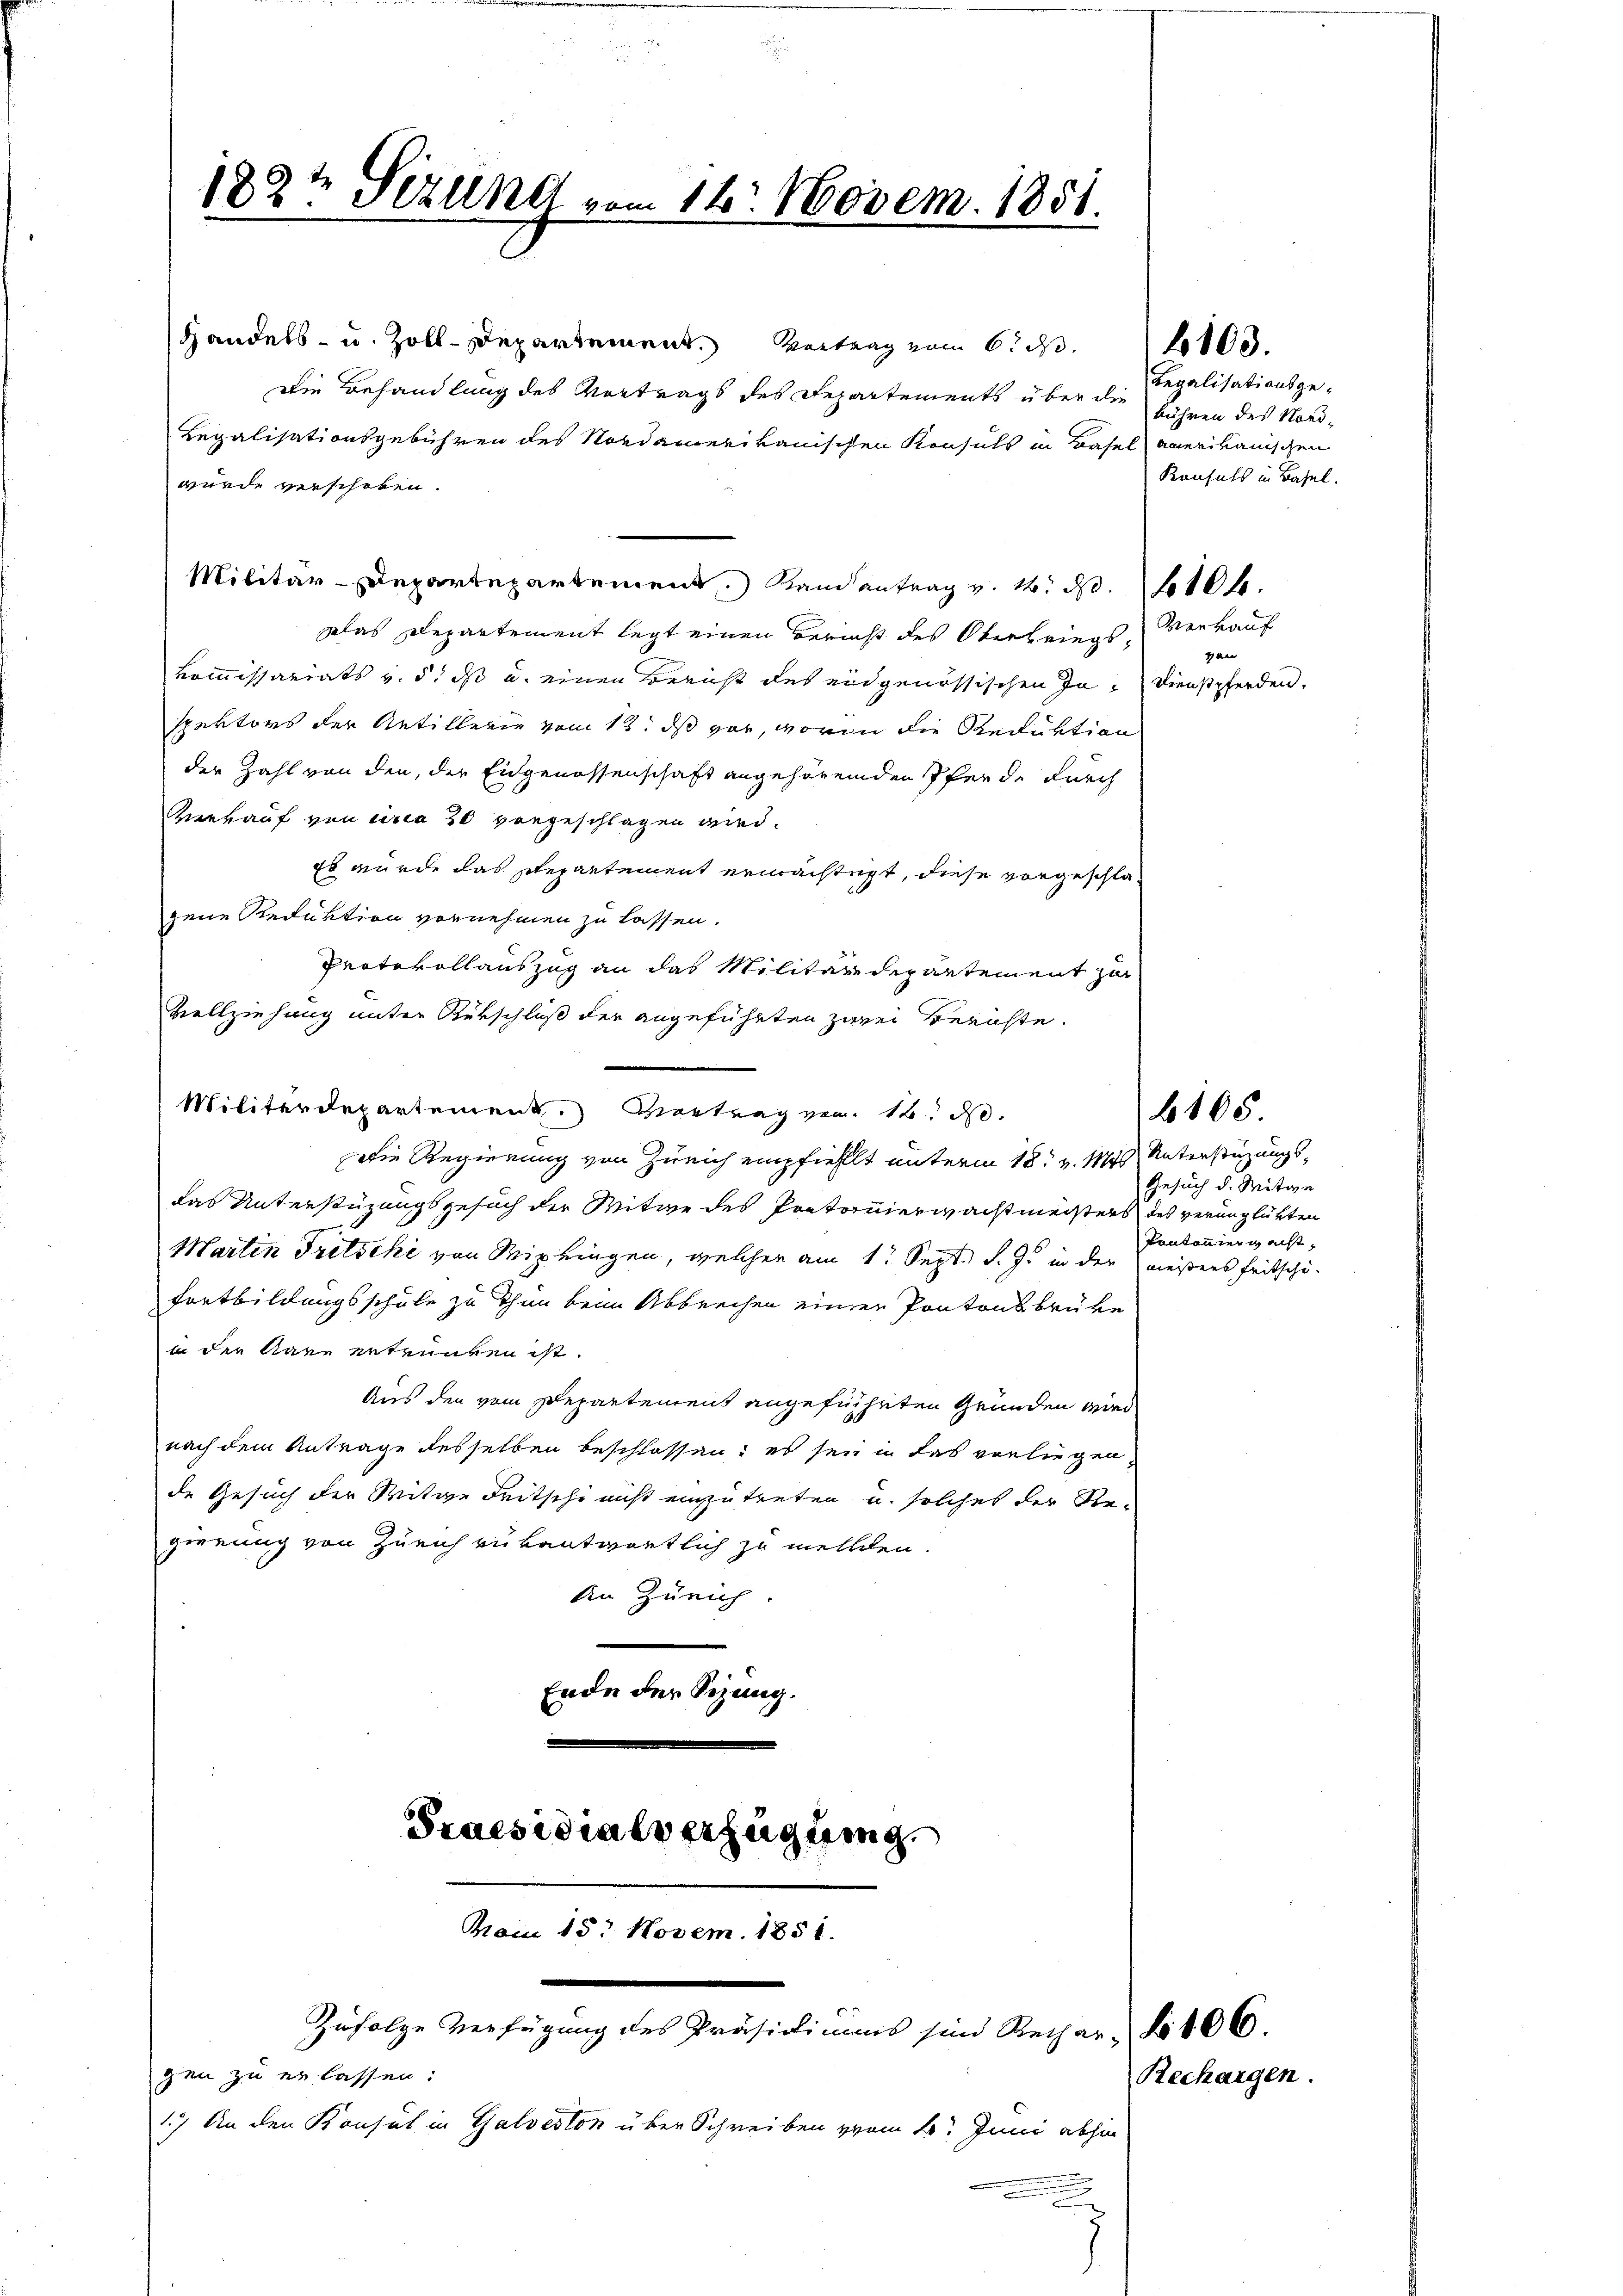
182t Sezünd vom 14. Novem. 1851.

Die Behandlung des Vortrags des Departements über die
Regalisationsgebühren des Nordamerikanischen Konsuls in Basel amerikanischen
wurde verscheben.
Militär-Departepartement Randantrag v. M. d. 1106.
Das Departement legt einen Bericht des Oberbrings Vorkauf
Kommissariats v. 5. ds u. einen Bericht des eidgenössischen In- Dienstpferden.
spektors der Antillerie vom 12. ds vor, worin die Reduktion
der Zahl von den, der Eidgenossenschaft angehörenden Pferde durch
Verkauf von circa 20 vorgeschlagen wird.
Es wurde das Repartement ermächtigt, diese vorgeschlagene Reduktion vornehmen zu lassen.
Protokollauszug an das Militärdepartement zur
Vollziehung unter Rükschluß der angeführten zwei Berichte.
Militärdepartement. Vortrag vom 16. No.
Die Regierung von Zürich empfiehlt unterm 18t v. Mts Unterstüzungsdas Unterstüzungsgesuch der Witwe des Pontoniermachtmeisters des verunglükten
Martin Tritschi von Wipkingen, welcher am 1. Sept. d. J. in der wiesers heitschi¬
Fortbildungsschule zu thun beim Abbrechen einer Pontonsbruke
in der Aare entrunken ist.
Aus den vom Departement angeführten Gründen wird
nach dem Antrage desselben beschlossen: es sei in das vorliegende Gesuch der Witwe Fritsche nicht einzutreten u. solches der Regierung von Zürich verantwortlich zu melden.
An Zürich.
Ende der Sitzung.

Handels- u. Zoll-Departement. Vortrag vom 6. d. 100

Praesidialverfügung.
Vom 15. Novem. 1851.

gen zu erlassen:

1.) An den Konsul in Galveston über Schreiben zwei L. Juni abhin

Zufolge Verfügung des Präsidimens sind Rechar. No 106.

Regalisationsgebühren des Hand-
Konfels in Basel.

gan

Gesuch d. Mitge
Kantonier nacht,

6105.

Rechargen.